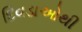
દિવડાઓથી